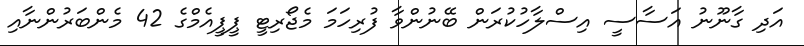
އަދި ގާނޫނު އަސާސީ އިސްލާހުކުރަން ބޭނުންވާ ފުރިހަމަ މެޖޯރިޓީ ޕީޕީއެމްގެ 42 މެންބަރުންނާއި